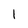
Character: l